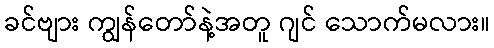
ခင်ဗျား ကျွန်တော်နဲ့အတူ ဂျင် သောက်မလား။